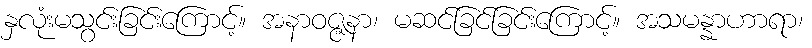
နှလုံးမသွင်းခြင်းကြောင့်။ အနာဝဇ္ဇနာ၊ မဆင်ခြင်ခြင်းကြောင့်။ အသမန္နာဟာရာ၊